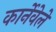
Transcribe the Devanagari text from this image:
कार्नेवेले